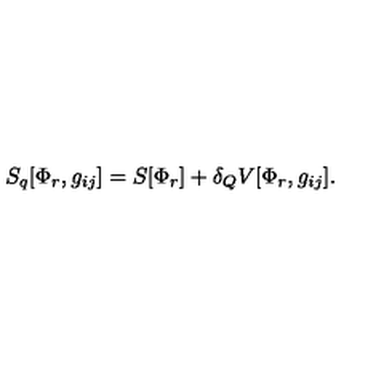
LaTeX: S _ { q } [ \Phi _ { r } , g _ { i j } ] = S [ \Phi _ { r } ] + \delta _ { Q } V [ \Phi _ { r } , g _ { i j } ] .